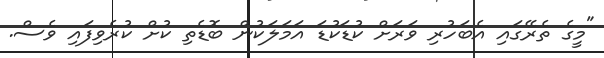
"މީގެ ތެރޭގައި އެބަހުރި ވަރަށް ކުޑަކުޑަ އަމަލަކުން ބޮޑެތި ކުށް ކުރެވިފައި ވެސް.